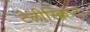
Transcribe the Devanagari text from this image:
टेलीस्क्रिप्ट